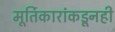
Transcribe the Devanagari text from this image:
मूर्तिकारांकडूनही